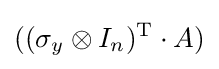
((\sigma _{y}\otimes I_{n})^{\mathrm {T} }\cdot A)